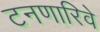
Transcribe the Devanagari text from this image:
टनणारिवे